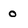
Character: 0